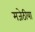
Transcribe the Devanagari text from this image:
मजेठीया